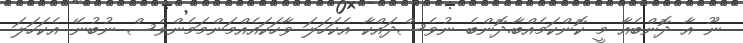
ނޫ އާ ދޮންބެއާ މީ ކޮންކަމެއްބާ.ދޮންބެ ނުވެސްދައްކާ އެކަހަލަ ވާހަކައެއްމަންމަމެންވެސް ނުބުނޭ އެކަހަލަ